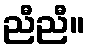
ညီညီ။